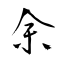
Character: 余